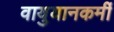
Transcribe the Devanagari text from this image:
वायुयानकर्मी